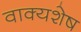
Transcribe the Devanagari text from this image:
वाक्यशेष